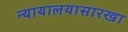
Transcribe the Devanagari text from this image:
न्यायालयासारखा